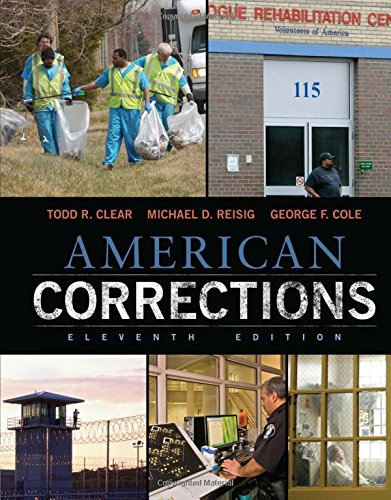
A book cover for American Corrections; Todd R. Clear; Education & Teaching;